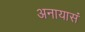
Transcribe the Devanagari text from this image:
अनायासं